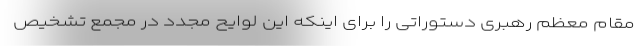
مقام معظم رهبری دستوراتی را برای اینکه این لوایح مجدد در مجمع تشخیص